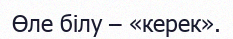
Өле білу – «керек».